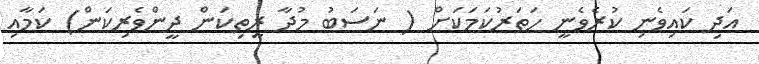
އަދި ކައިވެނި ކުރެވެނީ ހަތަރުކަމަކަށް ( ނަސަބު މުދާ ރީތިކަން ދީންވެރިކަން) ކަމާއި